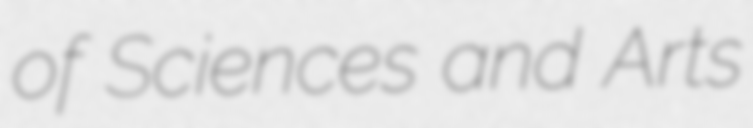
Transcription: of Sciences and Arts